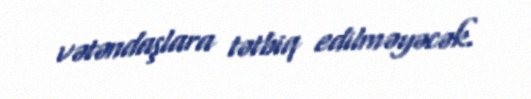
vətəndaşlara tətbiq edilməyəcək.